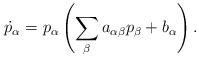
LaTeX: \begin{align*}\dot{p}_\alpha=p_\alpha\left(\sum_\beta a_{\alpha\beta}p_\beta+b_\alpha\right).\end{align*}